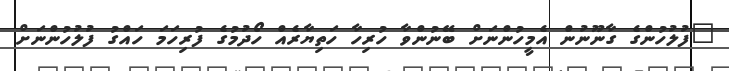
"ފުލުހުންގެ ގާނޫނުން އެމީހުންނަށް ބޭނުންވާ ހުރިހާ ހަތިޔާރެއް ހޯދުމުގެ ފުރިހަމަ ހައްގު ފުލުހުންނަށް